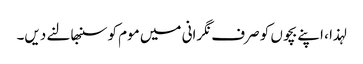
لہذا ، اپنے بچوں کو صرف نگرانی میں موم کو سنبھالنے دیں۔